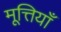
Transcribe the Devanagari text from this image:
मूत्तियाँ